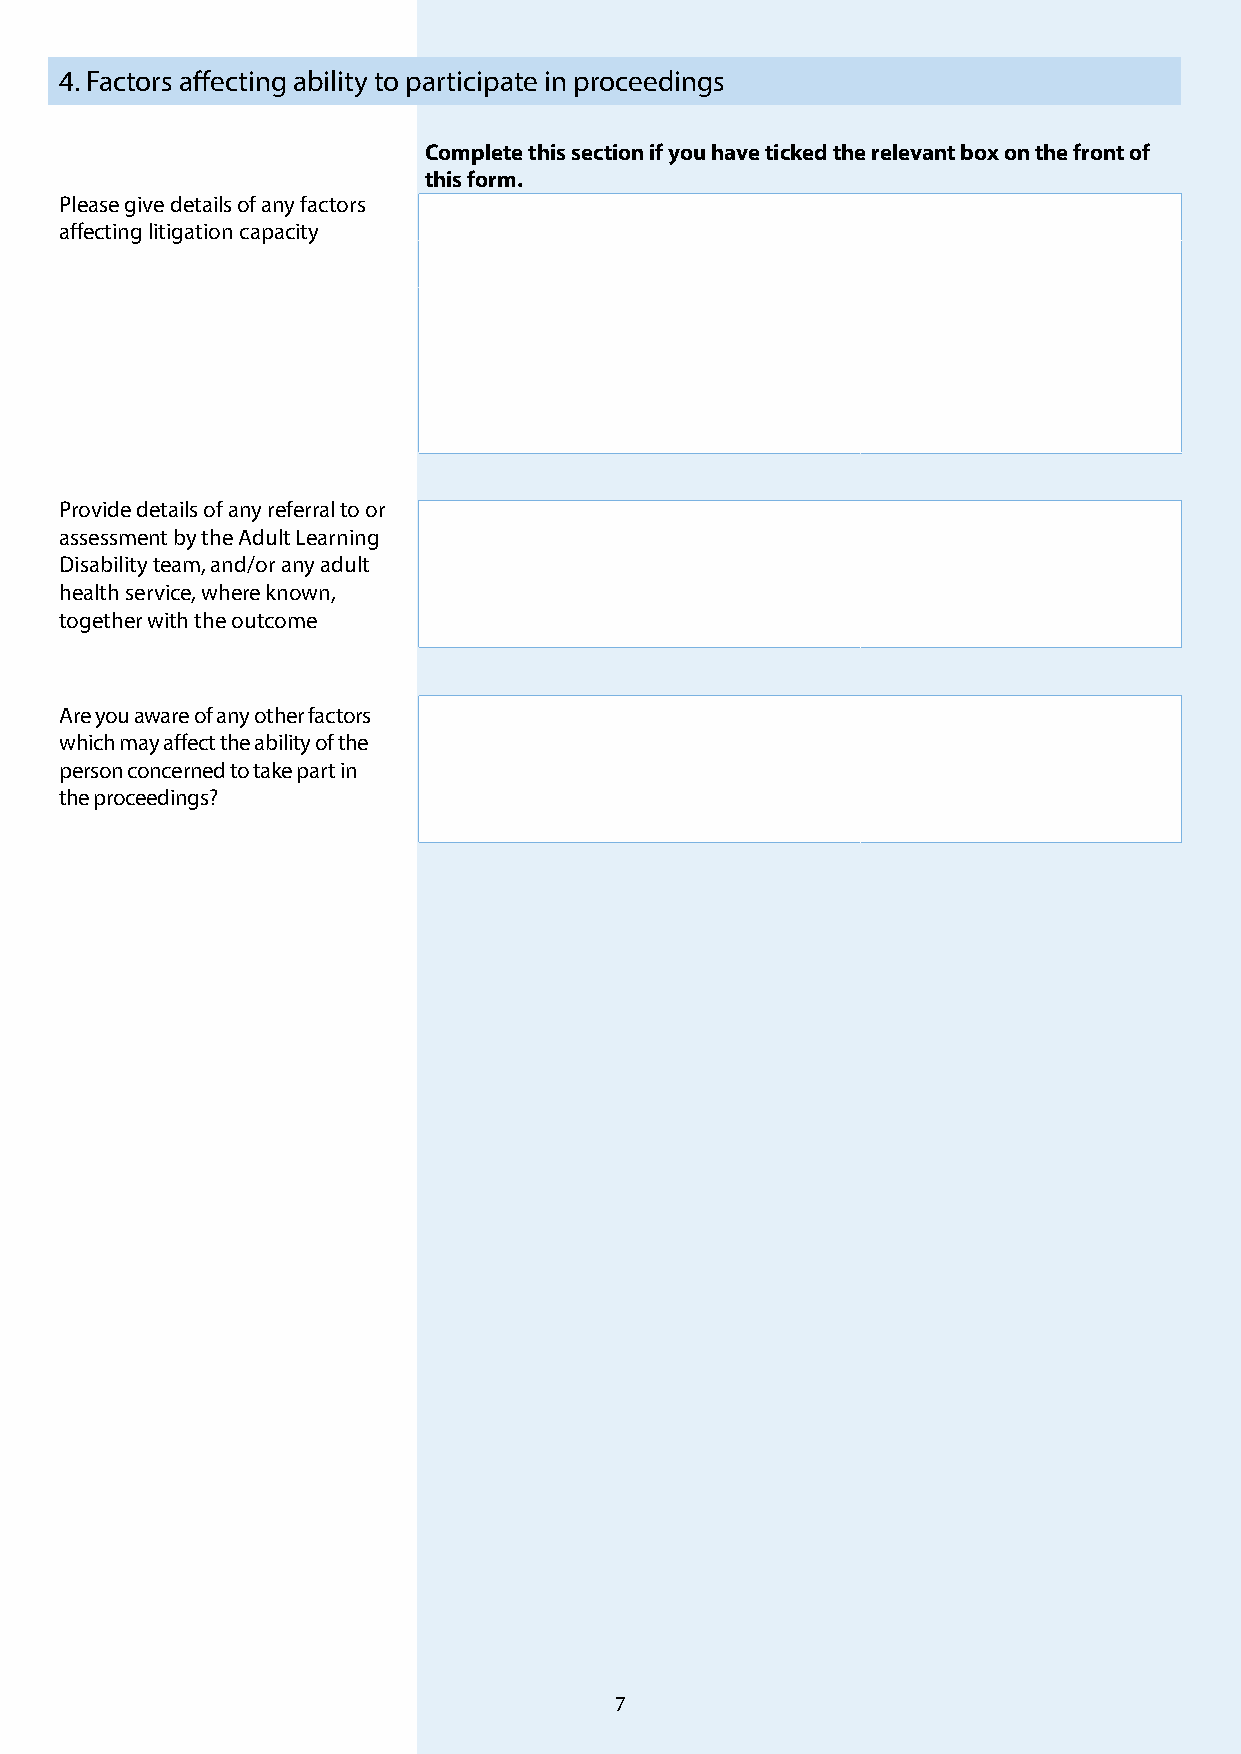
4. Factors affecting ability to participate in proceedings
 Complete this section if you have ticked the relevant box on the front of
 this form.
 Please give details of any factors
 affecting litigation capacity
 Provide details of any referral to or
 assessment by the Adult Learning
 Disability team, and/or any adult
 health service, where known,
 together with the outcome
 Are you aware of any other factors
 which may affect the ability of the
 person concerned to take part in
 the proceedings?
 7